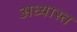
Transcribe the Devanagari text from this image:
अध्यास्त